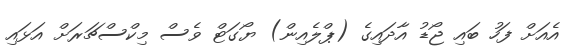
އެއަށް ފަހު ބައި ޖޯޑު އާދައިގެ (ޕްލެއިން) ޔޯގަޓް ވެސް މިކްސްޗަރަށް އަޅައި